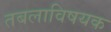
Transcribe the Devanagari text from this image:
तबलाविषयक